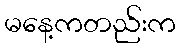
မနေ့ကတည်းက